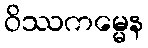
ဝိဿကမ္မေန